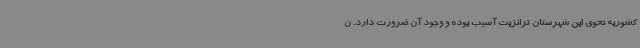
کشوربه نحوی این شهرستان ترانزیت آسیب بوده و وجود آن ضرورت دارد. ن